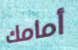
أمامك